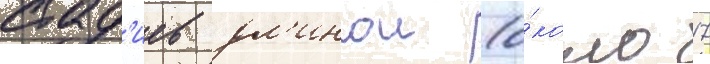
стад'иев дл'инои (о́коло 17